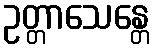
ဥတ္တာသေန္တေ